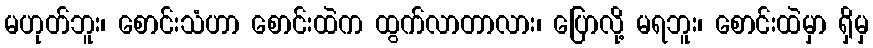
မဟုတ်ဘူး၊ စောင်းသံဟာ စောင်းထဲက ထွက်လာတာလား၊ ပြောလို့ မရဘူး၊ စောင်းထဲမှာ ရှိမှ